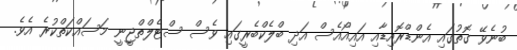
ބުނެވޭ ގޮތުގައި އެންޑްރޮއިޑާއި އައިއޯއެސް އަދި ބްލެކްބެރީގައި ވެސް ސްޓެލްތްޖީނީ މަސައްކަތްކުރެ އެވެ.